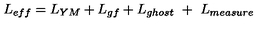
L _ { e f f } = L _ { Y M } + L _ { g f } + L _ { g h o s t } \ + \ L _ { m e a s u r e }